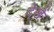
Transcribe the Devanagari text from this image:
दे्खें